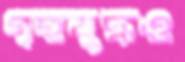
গৃহযুদ্ধও